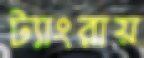
ট্যাংরায়